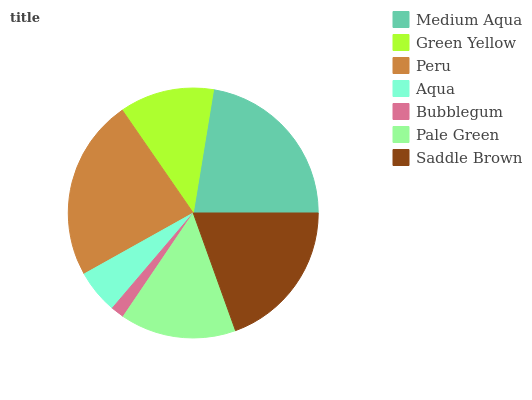
| Medium Aqua | Green Yellow | Peru | Aqua | Bubblegum | Pale Green | Saddle Brown |
 | --- | --- | --- | --- | --- | --- | --- |
 | 22.4% | 12.2% | 23.5% | 5.66% | 1.75% | 14.9% | 19.5% |